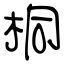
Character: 桐